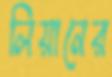
লিয়ানের